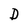
Character: D